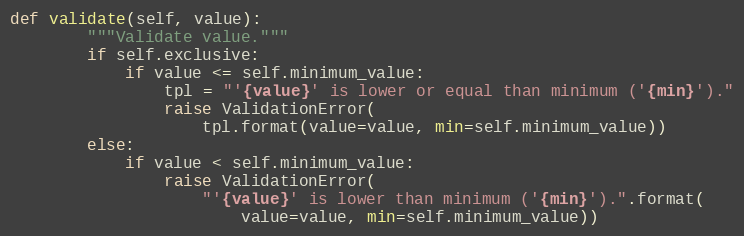
Language: Python
def validate(self, value):
        """Validate value."""
        if self.exclusive:
            if value <= self.minimum_value:
                tpl = "'{value}' is lower or equal than minimum ('{min}')."
                raise ValidationError(
                    tpl.format(value=value, min=self.minimum_value))
        else:
            if value < self.minimum_value:
                raise ValidationError(
                    "'{value}' is lower than minimum ('{min}').".format(
                        value=value, min=self.minimum_value))